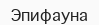
Эпифауна